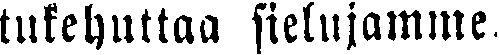
tukehuttaa sielujamme.